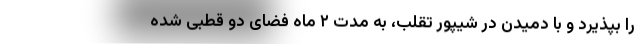
را بپذیرد و با دمیدن در شیپور تقلب، به مدت ۲ ماه فضای دو قطبی شده